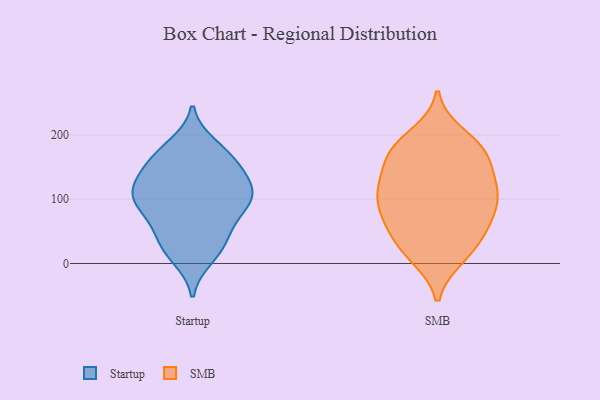
{"axis": {"x": "Website Visitors", "y": "Value"}, "legend": ["SMB", "Startup"], "data": [{"x": "", "y": 56, "type": "Startup"}, {"x": "", "y": 27, "type": "Startup"}, {"x": "", "y": 104, "type": "Startup"}, {"x": "", "y": 160, "type": "Startup"}, {"x": "", "y": 165, "type": "Startup"}, {"x": "", "y": 172, "type": "Startup"}, {"x": "", "y": 22, "type": "Startup"}, {"x": "", "y": 132, "type": "Startup"}, {"x": "", "y": 145, "type": "Startup"}, {"x": "", "y": 119, "type": "Startup"}, {"x": "", "y": 10, "type": "Startup"}, {"x": "", "y": 98, "type": "Startup"}, {"x": "", "y": 183, "type": "Startup"}, {"x": "", "y": 100, "type": "Startup"}, {"x": "", "y": 123, "type": "Startup"}, {"x": "", "y": 97, "type": "Startup"}, {"x": "", "y": 75, "type": "Startup"}, {"x": "", "y": 97, "type": "Startup"}, {"x": "", "y": 45, "type": "Startup"}, {"x": "", "y": 162, "type": "SMB"}, {"x": "", "y": 118, "type": "SMB"}, {"x": "", "y": 55, "type": "SMB"}, {"x": "", "y": 176, "type": "SMB"}, {"x": "", "y": 20, "type": "SMB"}, {"x": "", "y": 99, "type": "SMB"}, {"x": "", "y": 199, "type": "SMB"}, {"x": "", "y": 172, "type": "SMB"}, {"x": "", "y": 123, "type": "SMB"}, {"x": "", "y": 11, "type": "SMB"}, {"x": "", "y": 128, "type": "SMB"}, {"x": "", "y": 61, "type": "SMB"}, {"x": "", "y": 82, "type": "SMB"}, {"x": "", "y": 76, "type": "SMB"}, {"x": "", "y": 108, "type": "SMB"}, {"x": "", "y": 109, "type": "SMB"}, {"x": "", "y": 182, "type": "SMB"}, {"x": "", "y": 17, "type": "SMB"}, {"x": "", "y": 170, "type": "SMB"}, {"x": "", "y": 48, "type": "SMB"}]}